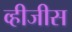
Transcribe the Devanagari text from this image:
व्हीजीस